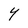
Character: 4